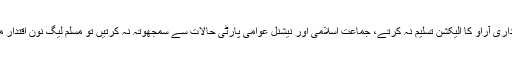
آصف زرداری آراو کا الیکشن تسلیم نہ کرتے، جماعت اسلامی اور نیشنل عوامی پارٹی حالات سے سمجھوتہ نہ کرتیں تو مسلم لیگ نون اقتدار میں نہ آتی۔